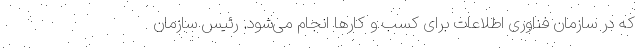
که در سازمان فناوری اطلاعات برای کسب و کارها انجام می‌شود. رئیس سازمان